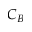
C _ { B }